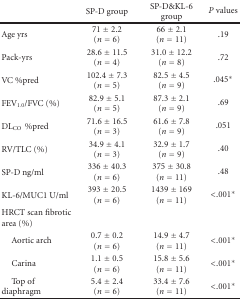
<table><thead><tr><td></td><td><b>SP-D group</b></td><td><b>SP-D&amp;KL-6 group</b></td><td><b><i>P</i> values</b></td></tr></thead><tbody><tr><td>Age yrs</td><td>71 ± 2.2 (<i>n</i> = 6)</td><td>66 ± 2.1 (<i>n</i> = 11)</td><td>.19</td></tr><tr><td>Pack-yrs</td><td>28.6 ± 11.5 (<i>n</i> = 4)</td><td>31.0 ± 12.2 (<i>n</i> = 8)</td><td>.72</td></tr><tr><td>VC %pred</td><td>102.4 ± 7.3 (<i>n</i> = 5)</td><td>82.5 ± 4.5 (<i>n</i> = 9)</td><td>.045*</td></tr><tr><td>FEV<sub>1.0</sub>/FVC (%)</td><td>82.9 ± 5.1 (<i>n</i> = 5)</td><td>87.3 ± 2.1 (<i>n</i> = 9)</td><td>.69</td></tr><tr><td>DL<sub>CO</sub>%pred</td><td>71.6 ± 16.5 (<i>n</i> = 3)</td><td>61.6 ± 7.8 (<i>n</i> = 9)</td><td>.051</td></tr><tr><td>RV/TLC (%)</td><td>34.9 ± 4.1 (<i>n</i> = 3)</td><td>32.9 ± 1.7 (<i>n</i> = 9)</td><td>.40</td></tr><tr><td>SP-D ng/ml</td><td>336 ± 40.3 (<i>n</i> = 6)</td><td>375 ± 30.8 (<i>n</i> = 11)</td><td>.48</td></tr><tr><td>KL-6/MUC1 U/ml</td><td>393 ± 20.5 (<i>n</i> = 6)</td><td>1439 ± 169 (<i>n</i> = 11)</td><td>&lt;.001*</td></tr><tr><td>HRCT scan fibrotic area (%)</td><td></td><td></td><td></td></tr><tr><td> Aortic arch</td><td>0.7 ± 0.2 (<i>n</i> = 6)</td><td>14.9 ± 4.7 (<i>n</i> = 11)</td><td>&lt;.001*</td></tr><tr><td> Carina</td><td>1.1 ± 0.5 (<i>n</i> = 6)</td><td>15.8 ± 5.6 (<i>n</i> = 11)</td><td>&lt;.001*</td></tr><tr><td> Top of diaphragm</td><td>5.4 ± 2.4 (<i>n</i> = 6)</td><td>33.4 ± 7.6 (<i>n</i> = 11)</td><td>&lt;.001*</td></tr></tbody></table>